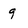
Character: 9